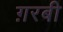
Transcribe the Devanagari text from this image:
ग़रबी